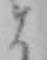
ま